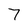
Character: 7